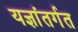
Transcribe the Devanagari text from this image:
यज्ञांतर्गत